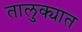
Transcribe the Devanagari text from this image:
तालु्क्यात